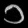
Digit: ၁